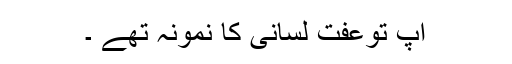
آپ توعفت لسانی کا نمونہ تھے ۔